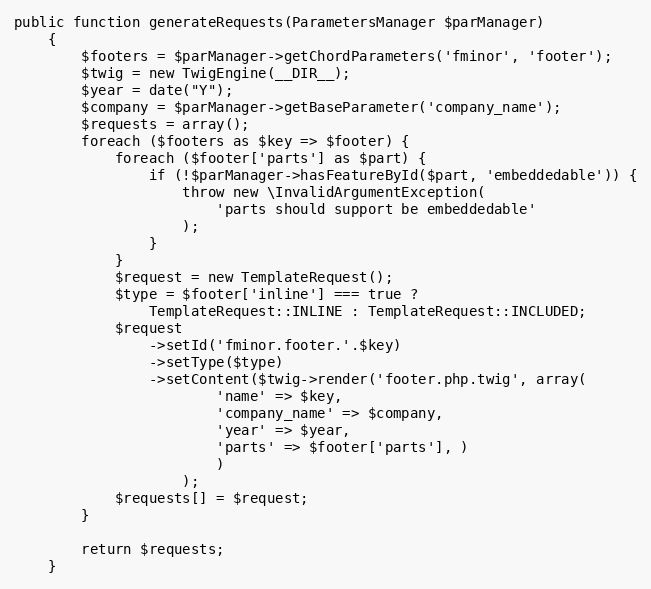
Language: PHP
public function generateRequests(ParametersManager $parManager)
    {
        $footers = $parManager->getChordParameters('fminor', 'footer');
        $twig = new TwigEngine(__DIR__);
        $year = date("Y");
        $company = $parManager->getBaseParameter('company_name');
        $requests = array();
        foreach ($footers as $key => $footer) {
            foreach ($footer['parts'] as $part) {
                if (!$parManager->hasFeatureById($part, 'embeddedable')) {
                    throw new \InvalidArgumentException(
                        'parts should support be embeddedable'
                    );
                }
            }
            $request = new TemplateRequest();
            $type = $footer['inline'] === true ?
                TemplateRequest::INLINE : TemplateRequest::INCLUDED;
            $request
                ->setId('fminor.footer.'.$key)
                ->setType($type)
                ->setContent($twig->render('footer.php.twig', array(
                        'name' => $key,
                        'company_name' => $company,
                        'year' => $year,
                        'parts' => $footer['parts'], )
                        )
                    );
            $requests[] = $request;
        }

        return $requests;
    }